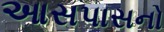
આસપાસનો